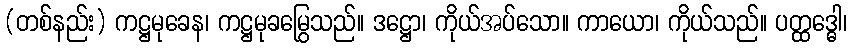
(တစ်နည်း) ကဋ္ဌမုခေန၊ ကဋ္ဌမုခမြွေသည်။ ဒဋ္ဌော၊ ကိုယ်အပ်သော။ ကာယော၊ ကိုယ်သည်။ ပတ္ထဒ္ဓေါ၊